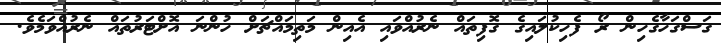
ގަސްގަހާގެހިން ރޯ ފެހިކުލައިގެ ގޮފިތައް ނެރުއްވައި އެއިން މަތިމައްޗަށް ހުންނަ އޮށްޓަރުތައް ނެރުއްވަމެވެ.